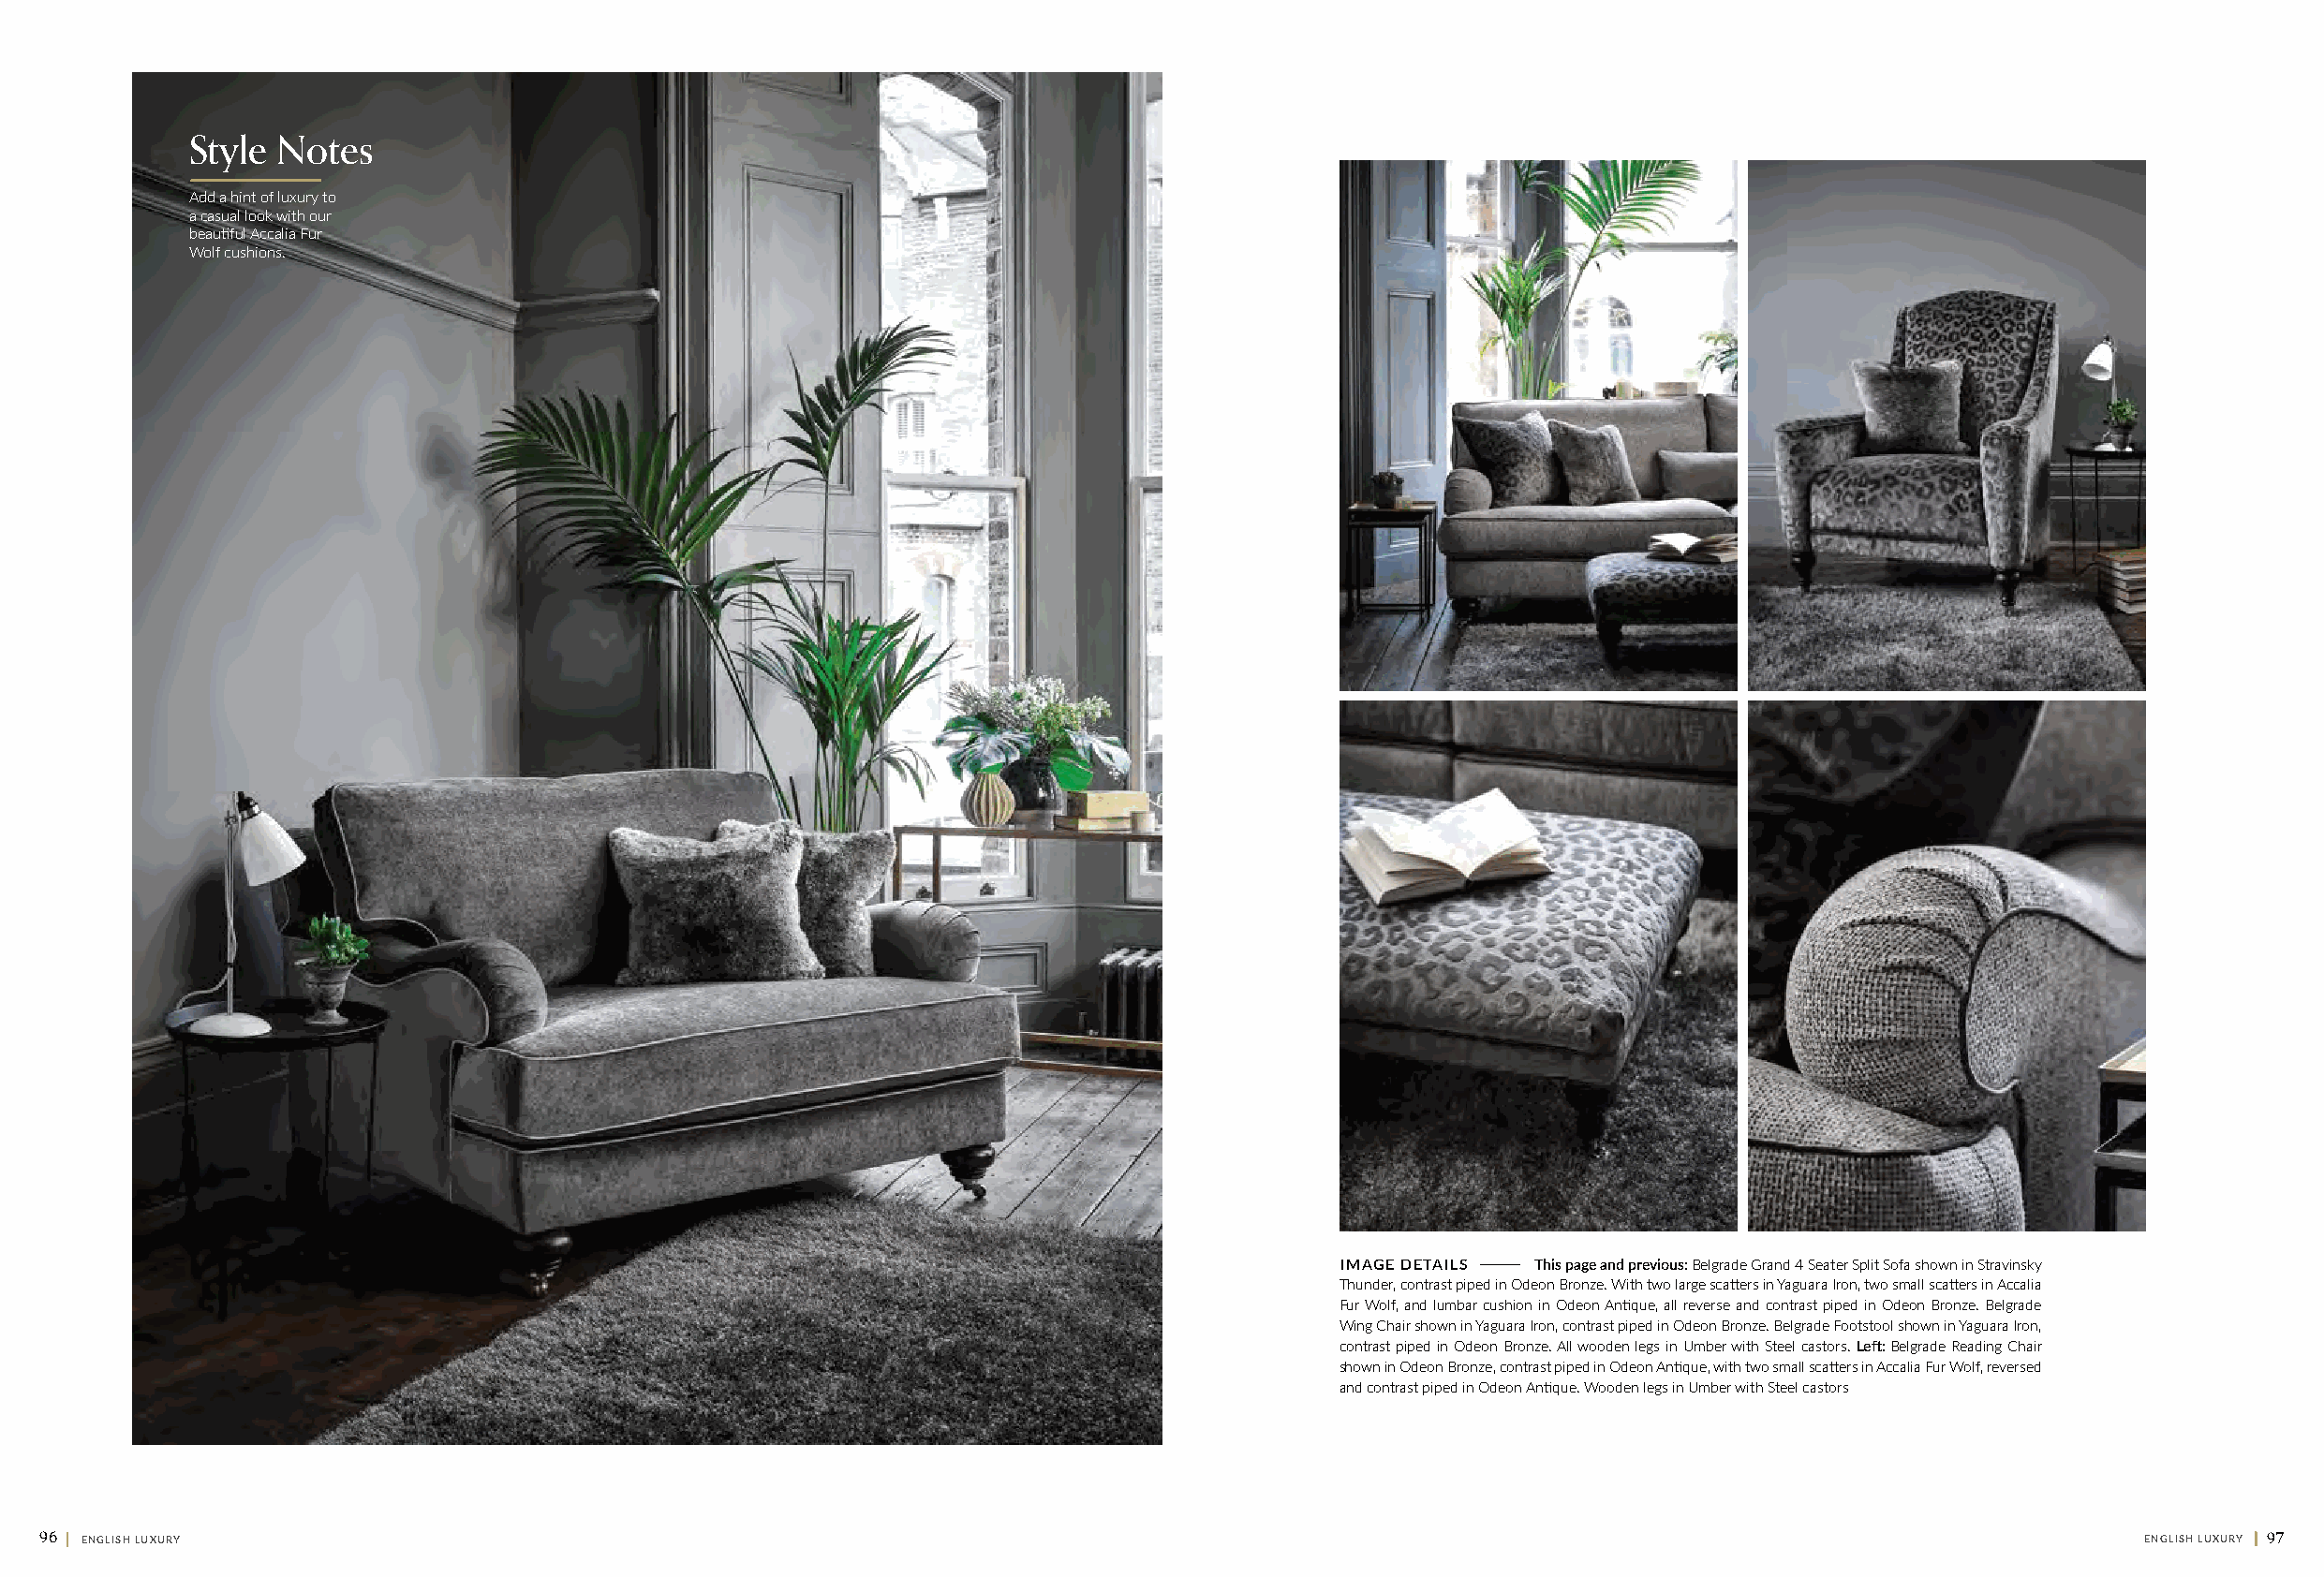
Style  Notes
 Add a hint of luxury to
 a casual look with our
 beautiful Accalia Fur
 Wolf cushions.
 I M A G E D E T A I L S This page and previous: Belgrade Grand 4 Seater Split Sofa shown in Stravinsky
 Thunder, contrast piped in Odeon Bronze. With two large scatters in Yaguara Iron, two small scatters in Accalia
 Fur Wolf, and lumbar cushion in Odeon Antique, all reverse and contrast piped in Odeon Bronze. Belgrade
 Wing Chair shown in Yaguara Iron, contrast piped in Odeon Bronze. Belgrade Footstool shown in Yaguara Iron,
 contrast piped in Odeon Bronze. All wooden legs in Umber with Steel castors. Left: Belgrade Reading Chair
 shown in Odeon Bronze, contrast piped in Odeon Antique, with two small scatters in Accalia Fur Wolf, reversed
 and contrast piped in Odeon Antique. Wooden legs in Umber with Steel castors
 96 || ENGLISH LUXURY                                                                                                                                ENGLISH LUXURY || 97